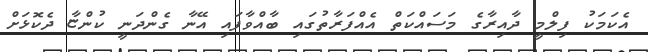
އެކަމަކު ފިލްމީ ދާއިރާގެ މަސައްކަތް އެއްފަރާތުގައި ބާއްވާފައި އޭނާ ގެންދަނީ ކުންޏާ ދެކޮޅަށް